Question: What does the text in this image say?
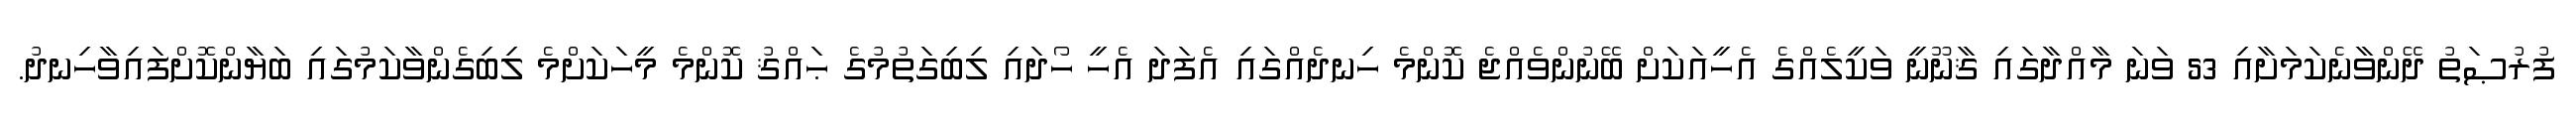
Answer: ފުރުޞަތު ދޭންވާނެކަމަށާއި 53 ވަނަ މާއްދާގައި ޤާނޫނީ ވަކީލެއްގެ އެހީއަކަށް ބޭނުންވެއްޖެ ކޮންމެ ހިނދެއްގައި އެފަދަ އެހީ ހޯދައި ލިބިގަތުމުގެ ޙައްޤު ކޮންމެ މީހަކަށްމެ ލިބިގެންވާކަމުގައި ބަޔާންކޮށްފައިވާހިނދު.